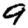
Digit: 9